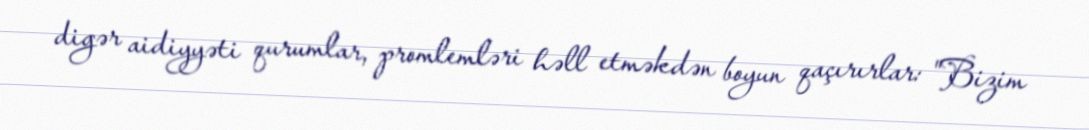
digər aidiyyəti qurumlar, promlemləri həll etməkdən boyun qaçırırlar: "Bizim